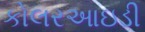
કોલરઆઇડી